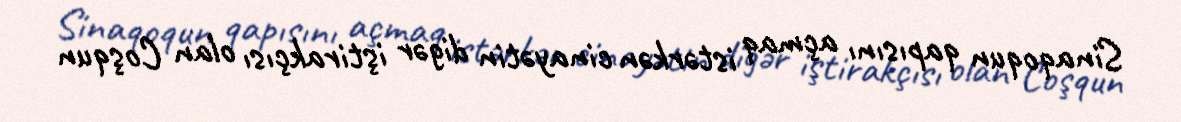
Sinaqoqun qapısını açmaq istərkən cinayətin digər iştirakçısı olan Coşqun